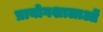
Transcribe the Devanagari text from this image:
प्रायोगशालाओं